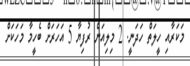
މަކަރާއި ހީލަތް ހަދަނީ. 2 މިލިއަން ރުފިޔާ 5 އަހަރަށް ބެހީމާ މަހަކަށް